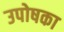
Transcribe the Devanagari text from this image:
उपोषका